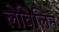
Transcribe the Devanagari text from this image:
लेविलिन